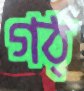
গঠ্